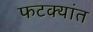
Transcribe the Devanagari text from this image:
फटक्यांत